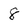
Character: 8